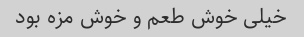
خیلی خوش طعم و خوش مزه بود